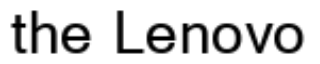
the Lenovo